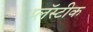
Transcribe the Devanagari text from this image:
प्लॅस्टीक